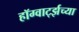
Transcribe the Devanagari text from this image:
हॉग्वार्ट्झच्या